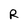
Character: R